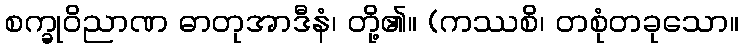
စက္ခုဝိညာဏ ဓာတုအာဒီနံ၊ တို့၏။ (ကဿစိ၊ တစုံတခုသော။